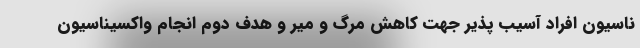
ناسیون افراد آسیب پذیر جهت کاهش مرگ و میر و هدف دوم انجام واکسیناسیون